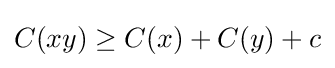
C(xy)\geq C(x)+C(y)+c